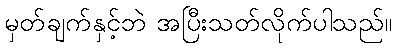
မှတ်ချက်နှင့်ဘဲ အပြီးသတ်လိုက်ပါသည်။